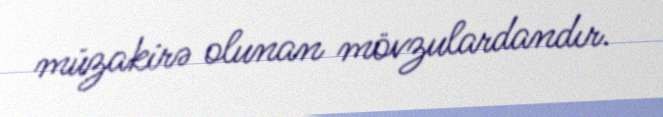
müzakirə olunan mövzulardandır.